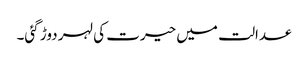
عدالت میں حیرت کی لہر دوڑ گئی۔